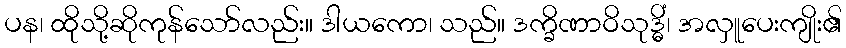
ပန၊ ထိုသို့ဆိုကုန်သော်လည်း။ ဒါယကော၊ သည်။ ဒက္ခိဏာဝိသုဒ္ဓိံ၊ အလှူပေးကျိုး၏